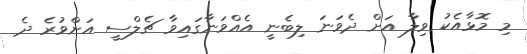
މި މޮޅާއެކު ވިލާ އަށް ދެވަނަ ލިބެނީ އެއްވަނާގައިވާ ޗެލްސީ އަށްވުރެ ދެ